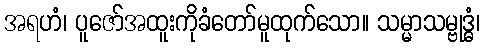
အရဟံ၊ ပူဇော်အထူးကိုခံတော်မူထုက်သော။ သမ္မာသမ္ဗုဒ္ဓံ၊